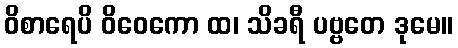
ဝိစာရေပိ ဝိဝေကော ထ၊ သိခရီ ပဗ္ဗတေ ဒုမေ။